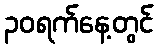
၃၀ရက်နေ့တွင်